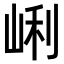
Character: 𡸉